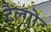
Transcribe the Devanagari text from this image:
टैल्गो